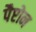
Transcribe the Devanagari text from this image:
पैप्टोन